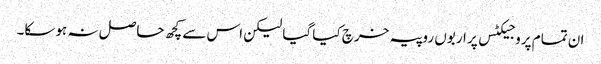
ان تمام پروجیکٹس پر اربوں روپیہ خرچ کیا گیا لیکن اس سے کچھ حاصل نہ ہوسکا۔